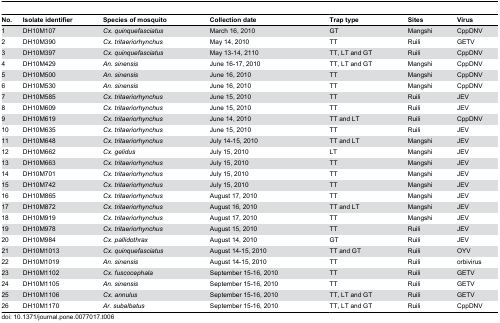
<table><thead><tr><td><b>No.</b></td><td><b>Isolate identifier</b></td><td><b>Species of mosquito</b></td><td><b>Collection date</b></td><td><b>Trap type</b></td><td><b>Sites</b></td><td><b>Virus</b></td></tr></thead><tbody><tr><td>1</td><td>DH10M107</td><td><i>Cx. quinquefasciatus</i></td><td>March 16, 2010 </td><td>GT</td><td>Mangshi</td><td>CppDNV</td></tr><tr><td>2</td><td>DH10M390</td><td><i>Cx. tritaeriorhynchus</i></td><td>May 14, 2010</td><td>TT</td><td>Ruili</td><td>GETV</td></tr><tr><td>3</td><td>DH10M397</td><td><i>Cx. quinquefasciatus</i></td><td>May 13-14, 2110</td><td>TT, LT and GT</td><td>Ruili</td><td>CppDNV</td></tr><tr><td>4</td><td>DH10M429</td><td><i>An. sinensis</i></td><td>June 16-17, 2010</td><td>TT, LT and GT</td><td>Mangshi</td><td>CppDNV</td></tr><tr><td>5</td><td>DH10M500</td><td><i>An. sinensis</i></td><td>June 16, 2010</td><td>TT</td><td>Mangshi</td><td>CppDNV</td></tr><tr><td>6</td><td>DH10M530</td><td><i>An. sinensis</i></td><td>June 16, 2010</td><td>TT</td><td>Mangshi</td><td>CppDNV</td></tr><tr><td>7</td><td>DH10M585</td><td><i>Cx. tritaeriorhynchus</i></td><td>June 15, 2010</td><td>TT</td><td>Ruili</td><td>JEV</td></tr><tr><td>8</td><td>DH10M609</td><td><i>Cx. tritaeriorhynchus</i></td><td>June 15, 2010</td><td>TT</td><td>Ruili</td><td>JEV</td></tr><tr><td>9</td><td>DH10M619</td><td><i>Cx. tritaeriorhynchus</i></td><td>June 14, 2010</td><td>TT and LT</td><td>Ruili</td><td>CppDNV</td></tr><tr><td>10</td><td>DH10M635</td><td><i>Cx. tritaeriorhynchus</i></td><td>June 15, 2010</td><td>TT</td><td>Ruili</td><td>JEV</td></tr><tr><td>11</td><td>DH10M648</td><td><i>Cx. tritaeriorhynchus</i></td><td>July 14-15, 2010</td><td>TT and LT</td><td>Mangshi</td><td>JEV</td></tr><tr><td>12</td><td>DH10M662</td><td><i>Cx. gelidus</i></td><td>July 15, 2010</td><td>LT</td><td>Mangshi</td><td>JEV</td></tr><tr><td>13</td><td>DH10M663</td><td><i>Cx. tritaeriorhynchus</i></td><td>July 15, 2010</td><td>TT</td><td>Mangshi</td><td>JEV</td></tr><tr><td>14</td><td>DH10M701</td><td><i>Cx. tritaeriorhynchus</i></td><td>July 15, 2010</td><td>TT</td><td>Mangshi</td><td>JEV</td></tr><tr><td>15</td><td>DH10M742</td><td><i>Cx. tritaeriorhynchus</i></td><td>July 15, 2010</td><td>TT</td><td>Mangshi</td><td>JEV</td></tr><tr><td>16</td><td>DH10M865</td><td><i>Cx. tritaeriorhynchus</i></td><td>August 17, 2010</td><td>TT</td><td>Mangshi</td><td>JEV</td></tr><tr><td>17</td><td>DH10M872</td><td><i>Cx. tritaeriorhynchus</i></td><td>August 16, 2010</td><td>TT and LT</td><td>Mangshi</td><td>JEV</td></tr><tr><td>18</td><td>DH10M919</td><td><i>Cx. tritaeriorhynchus</i></td><td>August 17, 2010</td><td>TT</td><td>Mangshi</td><td>JEV</td></tr><tr><td>19</td><td>DH10M978</td><td><i>Cx. tritaeriorhynchus</i></td><td>August 15, 2010</td><td>TT</td><td>Ruili</td><td>JEV</td></tr><tr><td>20</td><td>DH10M984</td><td><i>Cx. pallidothrax</i></td><td>August 14, 2010</td><td>GT</td><td>Ruili</td><td>JEV</td></tr><tr><td>21</td><td>DH10M1013</td><td><i>Cx. quinquefasciatus</i></td><td>August 14-15, 2010</td><td>TT and GT</td><td>Ruili</td><td>OYV</td></tr><tr><td>22</td><td>DH10M1019</td><td><i>An. sinensis</i></td><td>August 14-15, 2010</td><td>TT</td><td>Ruili</td><td>orbivirus</td></tr><tr><td>23</td><td>DH10M1102</td><td><i>Cx. fuscocephala</i></td><td>September 15-16, 2010</td><td>TT</td><td>Ruili</td><td>GETV</td></tr><tr><td>24</td><td>DH10M1105</td><td><i>An. sinensis</i></td><td>September 15-16, 2010</td><td>TT</td><td>Ruili</td><td>GETV</td></tr><tr><td>25</td><td>DH10M1106</td><td><i>Cx. annulus</i></td><td>September 15-16, 2010</td><td>TT, LT and GT</td><td>Ruili</td><td>GETV</td></tr><tr><td>26</td><td>DH10M1170</td><td><i>Ar. subalbatus</i></td><td>September 15-16, 2010</td><td>TT, LT and GT</td><td>Ruili</td><td>CppDNV</td></tr></tbody></table>